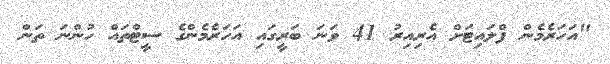
"އަހަރެމެން ފްލައިޓަށް އެރިއިރު 41 ވަނަ ބަރީގައި އަހަރެމެންގެ ސީޓްތައް ހުންނަ ތަން